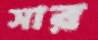
সার